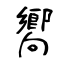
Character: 嚮